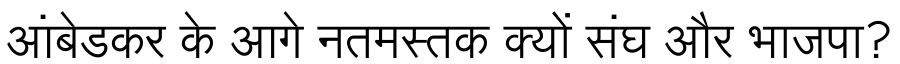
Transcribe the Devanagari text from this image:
आंबेडकर के आगे नतमस्तक क्यों संघ और भाजपा?